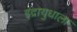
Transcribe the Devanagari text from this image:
इंद्रायुधाला